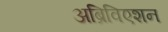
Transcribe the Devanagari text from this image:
अब्रिविएशन